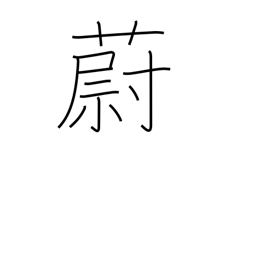
Meaning: dense growth